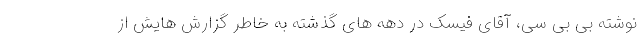
نوشته بی بی سی، آقای فیسک در دهه های گذشته به خاطر گزارش هایش از